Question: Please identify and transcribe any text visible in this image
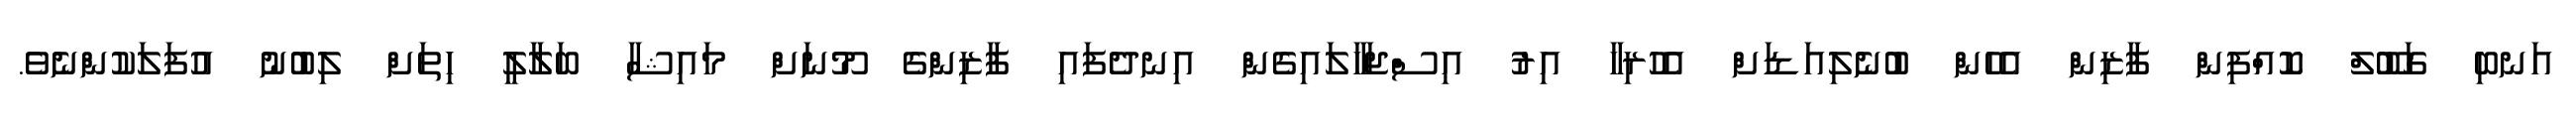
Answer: އަނބި ގަބޫލް ކޮއްފިން ފާޒިން އެހެން ބުނެލިއަޑަށް އެހުރިހާ އިރު އިސްޖަހާލައިގެން އިނދެފައި ފާޒިންގެ މޫނަށް މައިޝާ ބަލާލީ ހިތަށް ލިބުނު އުފަލަކުންނެވެ.